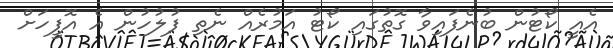
އެއީ ކޯޓުން ބުނެފައިވާ ގޮތުގައި ކޯޓު އަމުރެއް ނެތި ފުލުހުން އެ އޮފީހަށް